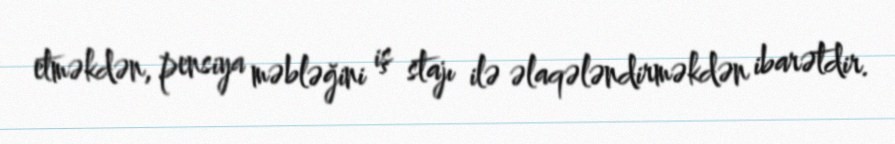
etməkdən, pensiya məbləğini iş stajı ilə əlaqələndirməkdən ibarətdir.